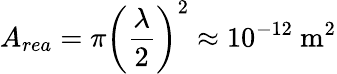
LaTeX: A_{rea}=\pi\left({\frac{\lambda}{2}}\right)^{2}\approx 10^{-12}{\mathrm{~m}}^{2}